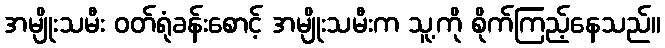
အမျိုးသမီး ဝတ်ရုံခန်းစောင့် အမျိုးသမီးက သူ့ကို စိုက်ကြည့်နေသည်။